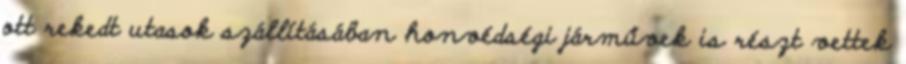
ott rekedt utasok szállításában honvédségi járművek is részt vettek